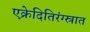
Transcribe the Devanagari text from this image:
एक्रेदितिरंग्स्रात